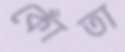
কোঁতা